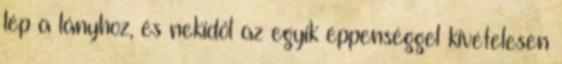
lép a lányhoz, és nekidől az egyik éppenséggel kivételesen